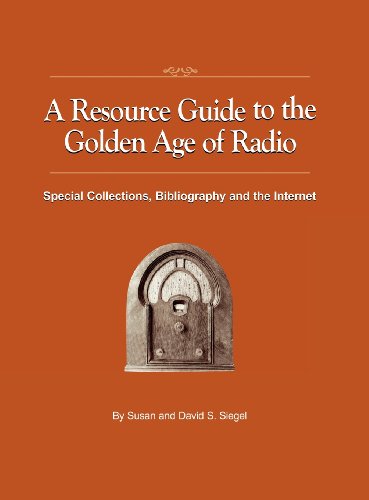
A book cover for A Resource Guide to the Golden Age of Radio: Special Collections, Bibliography, and the Internet; Susan Siegel; Humor & Entertainment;